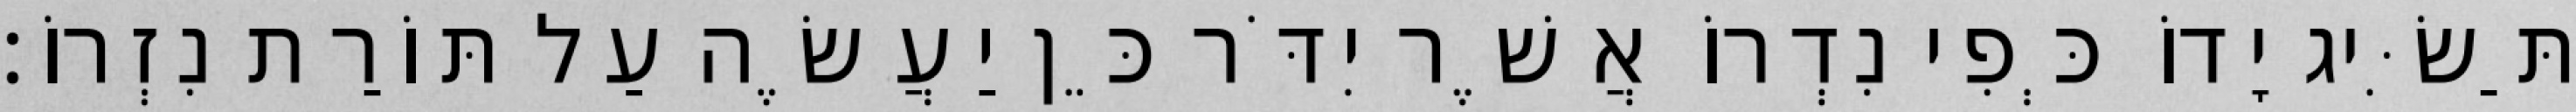
תַּשִּׂיג יָדוֹ כְּפִי נִדְרוֹ אֲשֶׁר יִדֹּר כֵּן יַעֲשֶׂה עַל תּוֹרַת נִזְרוֹ׃